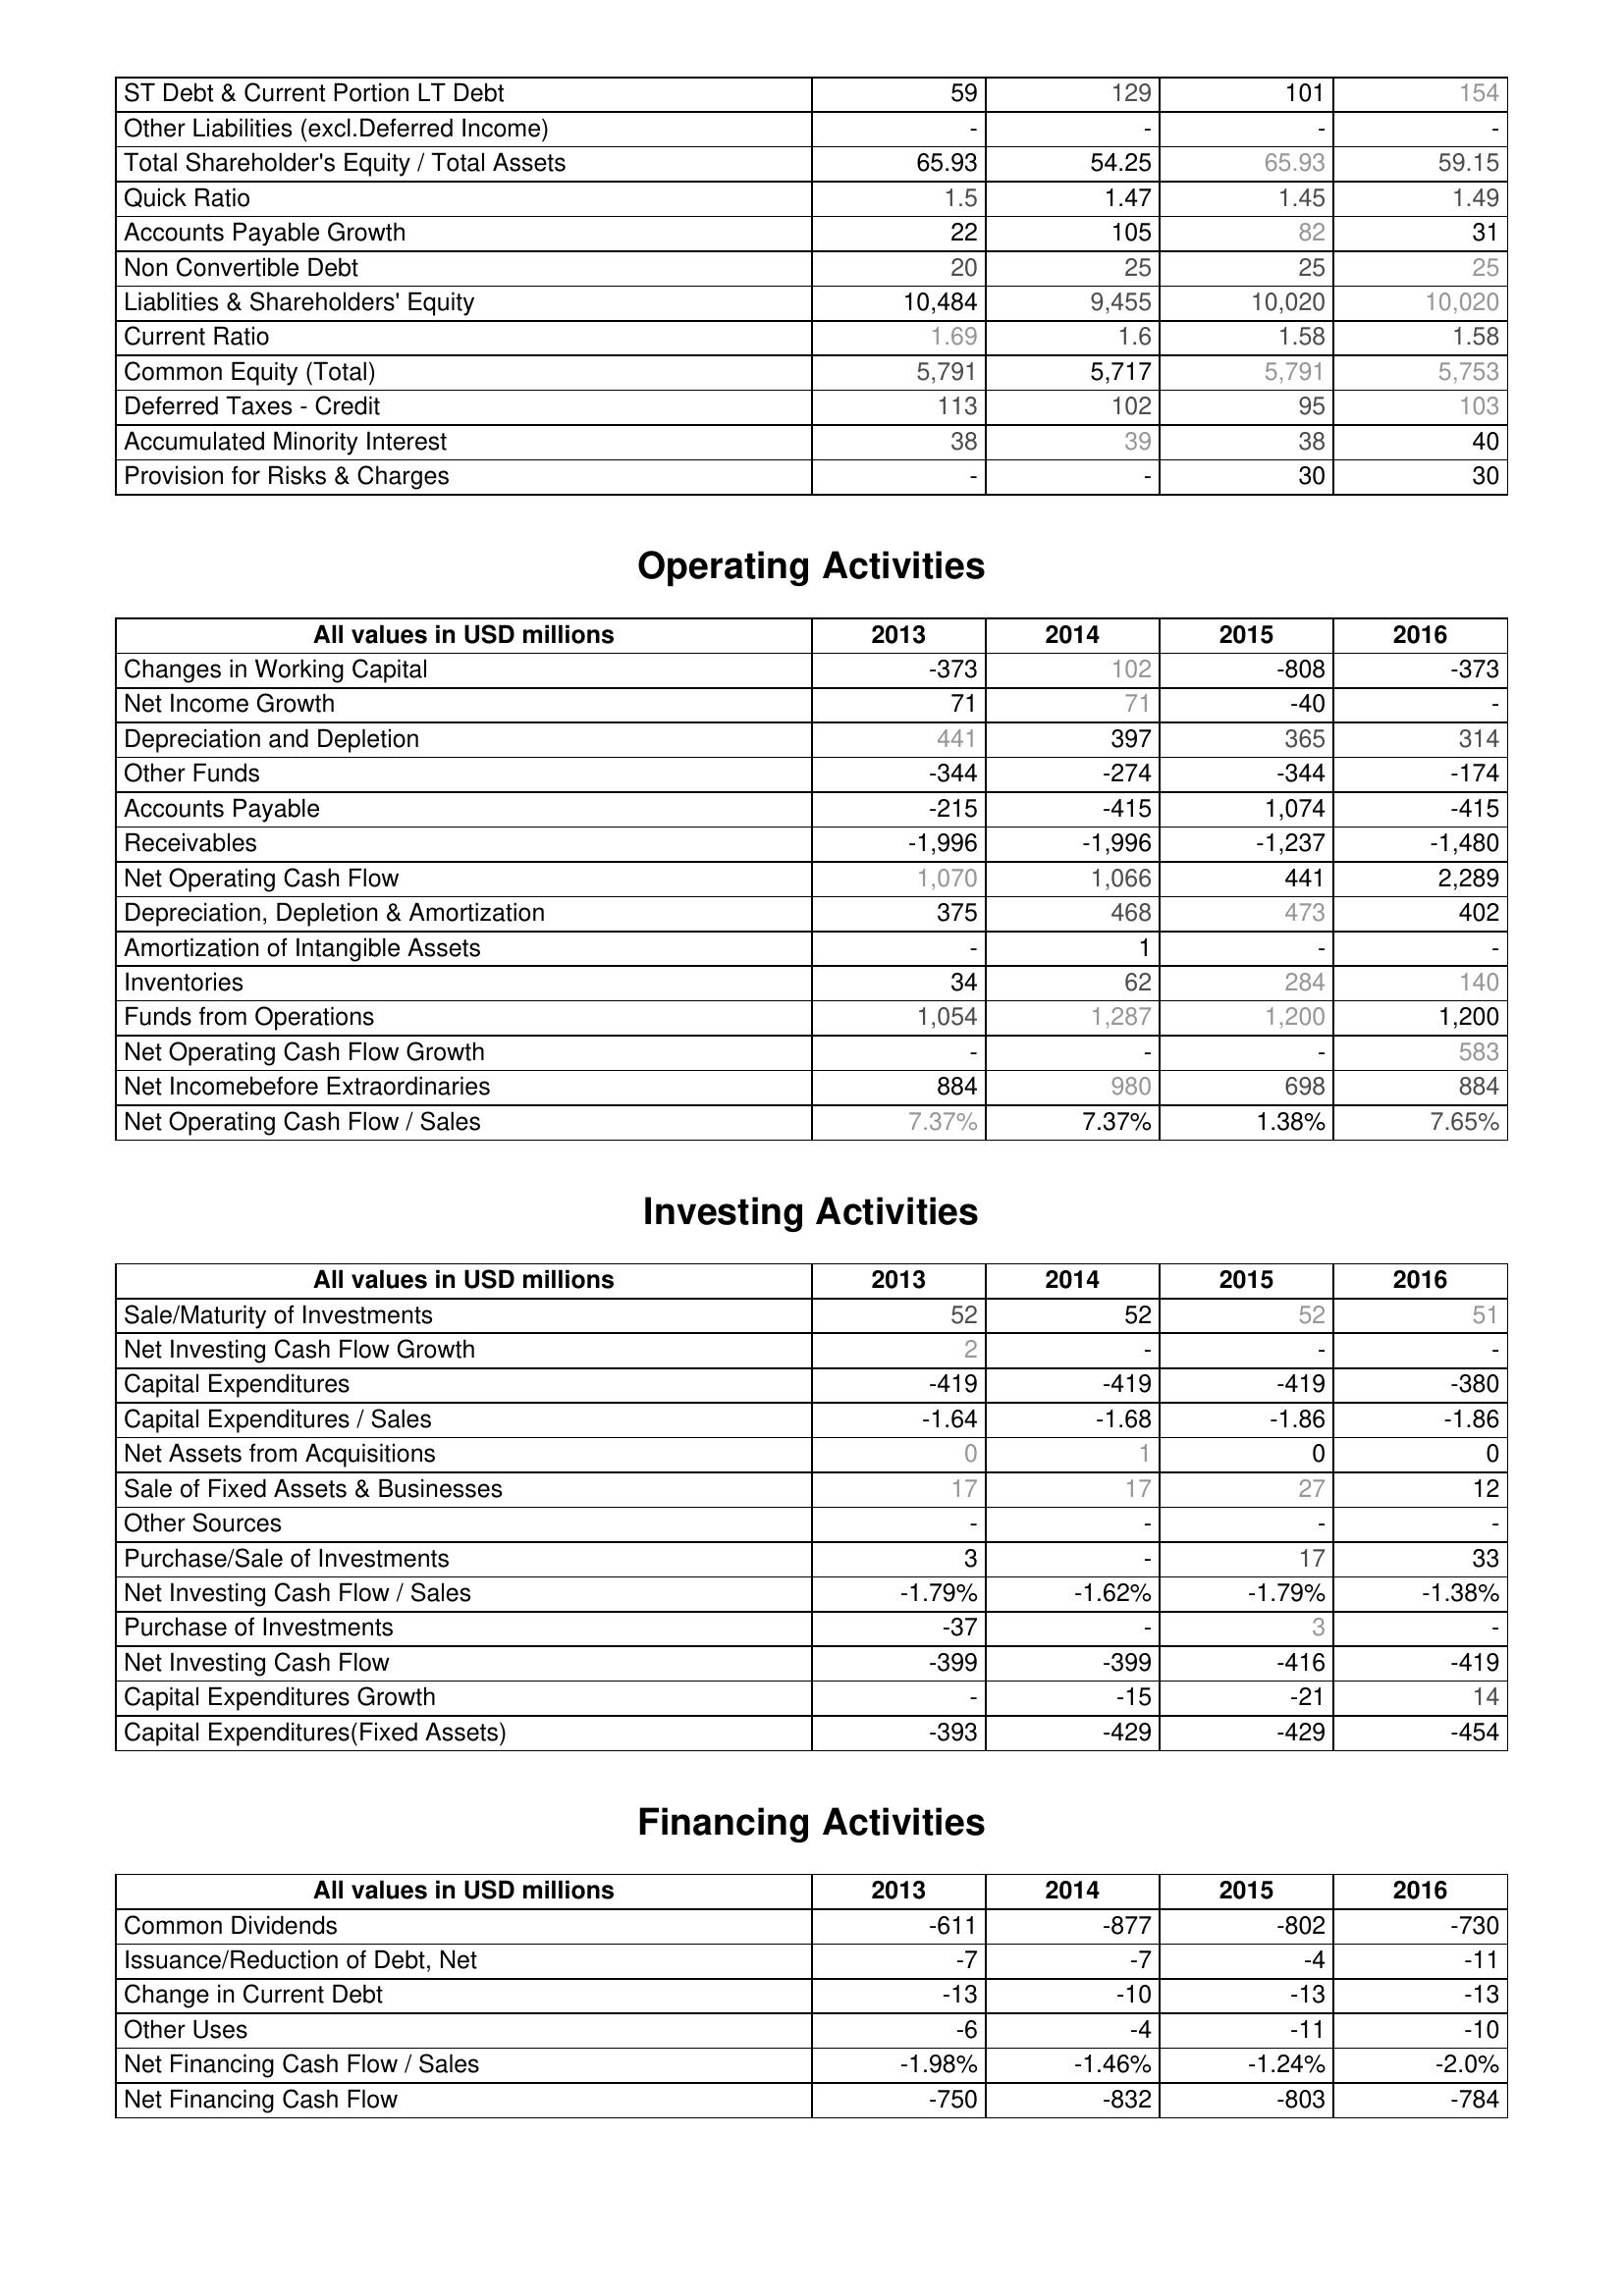
2013: Liabilities & Shareholder's Equity: ST Debt & Current Portion LT Debt: 59
Other Liabilities (excl.Deferred Income): -
Total Shareholder's Equity / Total Assets: 65.93
Quick Ratio: 1.5
Accounts Payable Growth: 22
Non Convertible Debt: 20
Liablities & Shareholders' Equity: 10,484
Current Ratio: 1.69
Common Equity (Total): 5,791
Deferred Taxes - Credit: 113
Accumulated Minority Interest: 38
Provision for Risks & Charges: -
Operating Activities: Changes in Working Capital: -373
Net Income Growth: 71
Depreciation and Depletion: 441
Other Funds: -344
Accounts Payable: -215
Receivables: -1,996
Net Operating Cash Flow: 1,070
Depreciation, Depletion & Amortization: 375
Amortization of Intangible Assets: -
Inventories: 34
Funds from Operations: 1,054
Net Operating Cash Flow Growth: -
Net Incomebefore Extraordinaries: 884
Net Operating Cash Flow / Sales: 7.37%
Investing Activities: Sale/Maturity of Investments: 52
Net Investing Cash Flow Growth: 2
Capital Expenditures: -419
Capital Expenditures / Sales: -1.64
Net Assets from Acquisitions: 0
Sale of Fixed Assets & Businesses: 17
Other Sources: -
Purchase/Sale of Investments: 3
Net Investing Cash Flow / Sales: -1.79%
Purchase of Investments: -37
Net Investing Cash Flow: -399
Capital Expenditures Growth: -
Capital Expenditures(Fixed Assets): -393
Financing Activities: Common Dividends: -611
Issuance/Reduction of Debt, Net: -7
Change in Current Debt: -13
Other Uses: -6
Net Financing Cash Flow / Sales: -1.98%
Net Financing Cash Flow: -750
2014: Liabilities & Shareholder's Equity: ST Debt & Current Portion LT Debt: 129
Other Liabilities (excl.Deferred Income): -
Total Shareholder's Equity / Total Assets: 54.25
Quick Ratio: 1.47
Accounts Payable Growth: 105
Non Convertible Debt: 25
Liablities & Shareholders' Equity: 9,455
Current Ratio: 1.6
Common Equity (Total): 5,717
Deferred Taxes - Credit: 102
Accumulated Minority Interest: 39
Provision for Risks & Charges: -
Operating Activities: Changes in Working Capital: 102
Net Income Growth: 71
Depreciation and Depletion: 397
Other Funds: -274
Accounts Payable: -415
Receivables: -1,996
Net Operating Cash Flow: 1,066
Depreciation, Depletion & Amortization: 468
Amortization of Intangible Assets: 1
Inventories: 62
Funds from Operations: 1,287
Net Operating Cash Flow Growth: -
Net Incomebefore Extraordinaries: 980
Net Operating Cash Flow / Sales: 7.37%
Investing Activities: Sale/Maturity of Investments: 52
Net Investing Cash Flow Growth: -
Capital Expenditures: -419
Capital Expenditures / Sales: -1.68
Net Assets from Acquisitions: 1
Sale of Fixed Assets & Businesses: 17
Other Sources: -
Purchase/Sale of Investments: -
Net Investing Cash Flow / Sales: -1.62%
Purchase of Investments: -
Net Investing Cash Flow: -399
Capital Expenditures Growth: -15
Capital Expenditures(Fixed Assets): -429
Financing Activities: Common Dividends: -877
Issuance/Reduction of Debt, Net: -7
Change in Current Debt: -10
Other Uses: -4
Net Financing Cash Flow / Sales: -1.46%
Net Financing Cash Flow: -832
2015: Liabilities & Shareholder's Equity: ST Debt & Current Portion LT Debt: 101
Other Liabilities (excl.Deferred Income): -
Total Shareholder's Equity / Total Assets: 65.93
Quick Ratio: 1.45
Accounts Payable Growth: 82
Non Convertible Debt: 25
Liablities & Shareholders' Equity: 10,020
Current Ratio: 1.58
Common Equity (Total): 5,791
Deferred Taxes - Credit: 95
Accumulated Minority Interest: 38
Provision for Risks & Charges: 30
Operating Activities: Changes in Working Capital: -808
Net Income Growth: -40
Depreciation and Depletion: 365
Other Funds: -344
Accounts Payable: 1,074
Receivables: -1,237
Net Operating Cash Flow: 441
Depreciation, Depletion & Amortization: 473
Amortization of Intangible Assets: -
Inventories: 284
Funds from Operations: 1,200
Net Operating Cash Flow Growth: -
Net Incomebefore Extraordinaries: 698
Net Operating Cash Flow / Sales: 1.38%
Investing Activities: Sale/Maturity of Investments: 52
Net Investing Cash Flow Growth: -
Capital Expenditures: -419
Capital Expenditures / Sales: -1.86
Net Assets from Acquisitions: 0
Sale of Fixed Assets & Businesses: 27
Other Sources: -
Purchase/Sale of Investments: 17
Net Investing Cash Flow / Sales: -1.79%
Purchase of Investments: 3
Net Investing Cash Flow: -416
Capital Expenditures Growth: -21
Capital Expenditures(Fixed Assets): -429
Financing Activities: Common Dividends: -802
Issuance/Reduction of Debt, Net: -4
Change in Current Debt: -13
Other Uses: -11
Net Financing Cash Flow / Sales: -1.24%
Net Financing Cash Flow: -803
2016: Liabilities & Shareholder's Equity: ST Debt & Current Portion LT Debt: 154
Other Liabilities (excl.Deferred Income): -
Total Shareholder's Equity / Total Assets: 59.15
Quick Ratio: 1.49
Accounts Payable Growth: 31
Non Convertible Debt: 25
Liablities & Shareholders' Equity: 10,020
Current Ratio: 1.58
Common Equity (Total): 5,753
Deferred Taxes - Credit: 103
Accumulated Minority Interest: 40
Provision for Risks & Charges: 30
Operating Activities: Changes in Working Capital: -373
Net Income Growth: -
Depreciation and Depletion: 314
Other Funds: -174
Accounts Payable: -415
Receivables: -1,480
Net Operating Cash Flow: 2,289
Depreciation, Depletion & Amortization: 402
Amortization of Intangible Assets: -
Inventories: 140
Funds from Operations: 1,200
Net Operating Cash Flow Growth: 583
Net Incomebefore Extraordinaries: 884
Net Operating Cash Flow / Sales: 7.65%
Investing Activities: Sale/Maturity of Investments: 51
Net Investing Cash Flow Growth: -
Capital Expenditures: -380
Capital Expenditures / Sales: -1.86
Net Assets from Acquisitions: 0
Sale of Fixed Assets & Businesses: 12
Other Sources: -
Purchase/Sale of Investments: 33
Net Investing Cash Flow / Sales: -1.38%
Purchase of Investments: -
Net Investing Cash Flow: -419
Capital Expenditures Growth: 14
Capital Expenditures(Fixed Assets): -454
Financing Activities: Common Dividends: -730
Issuance/Reduction of Debt, Net: -11
Change in Current Debt: -13
Other Uses: -10
Net Financing Cash Flow / Sales: -2.0%
Net Financing Cash Flow: -784